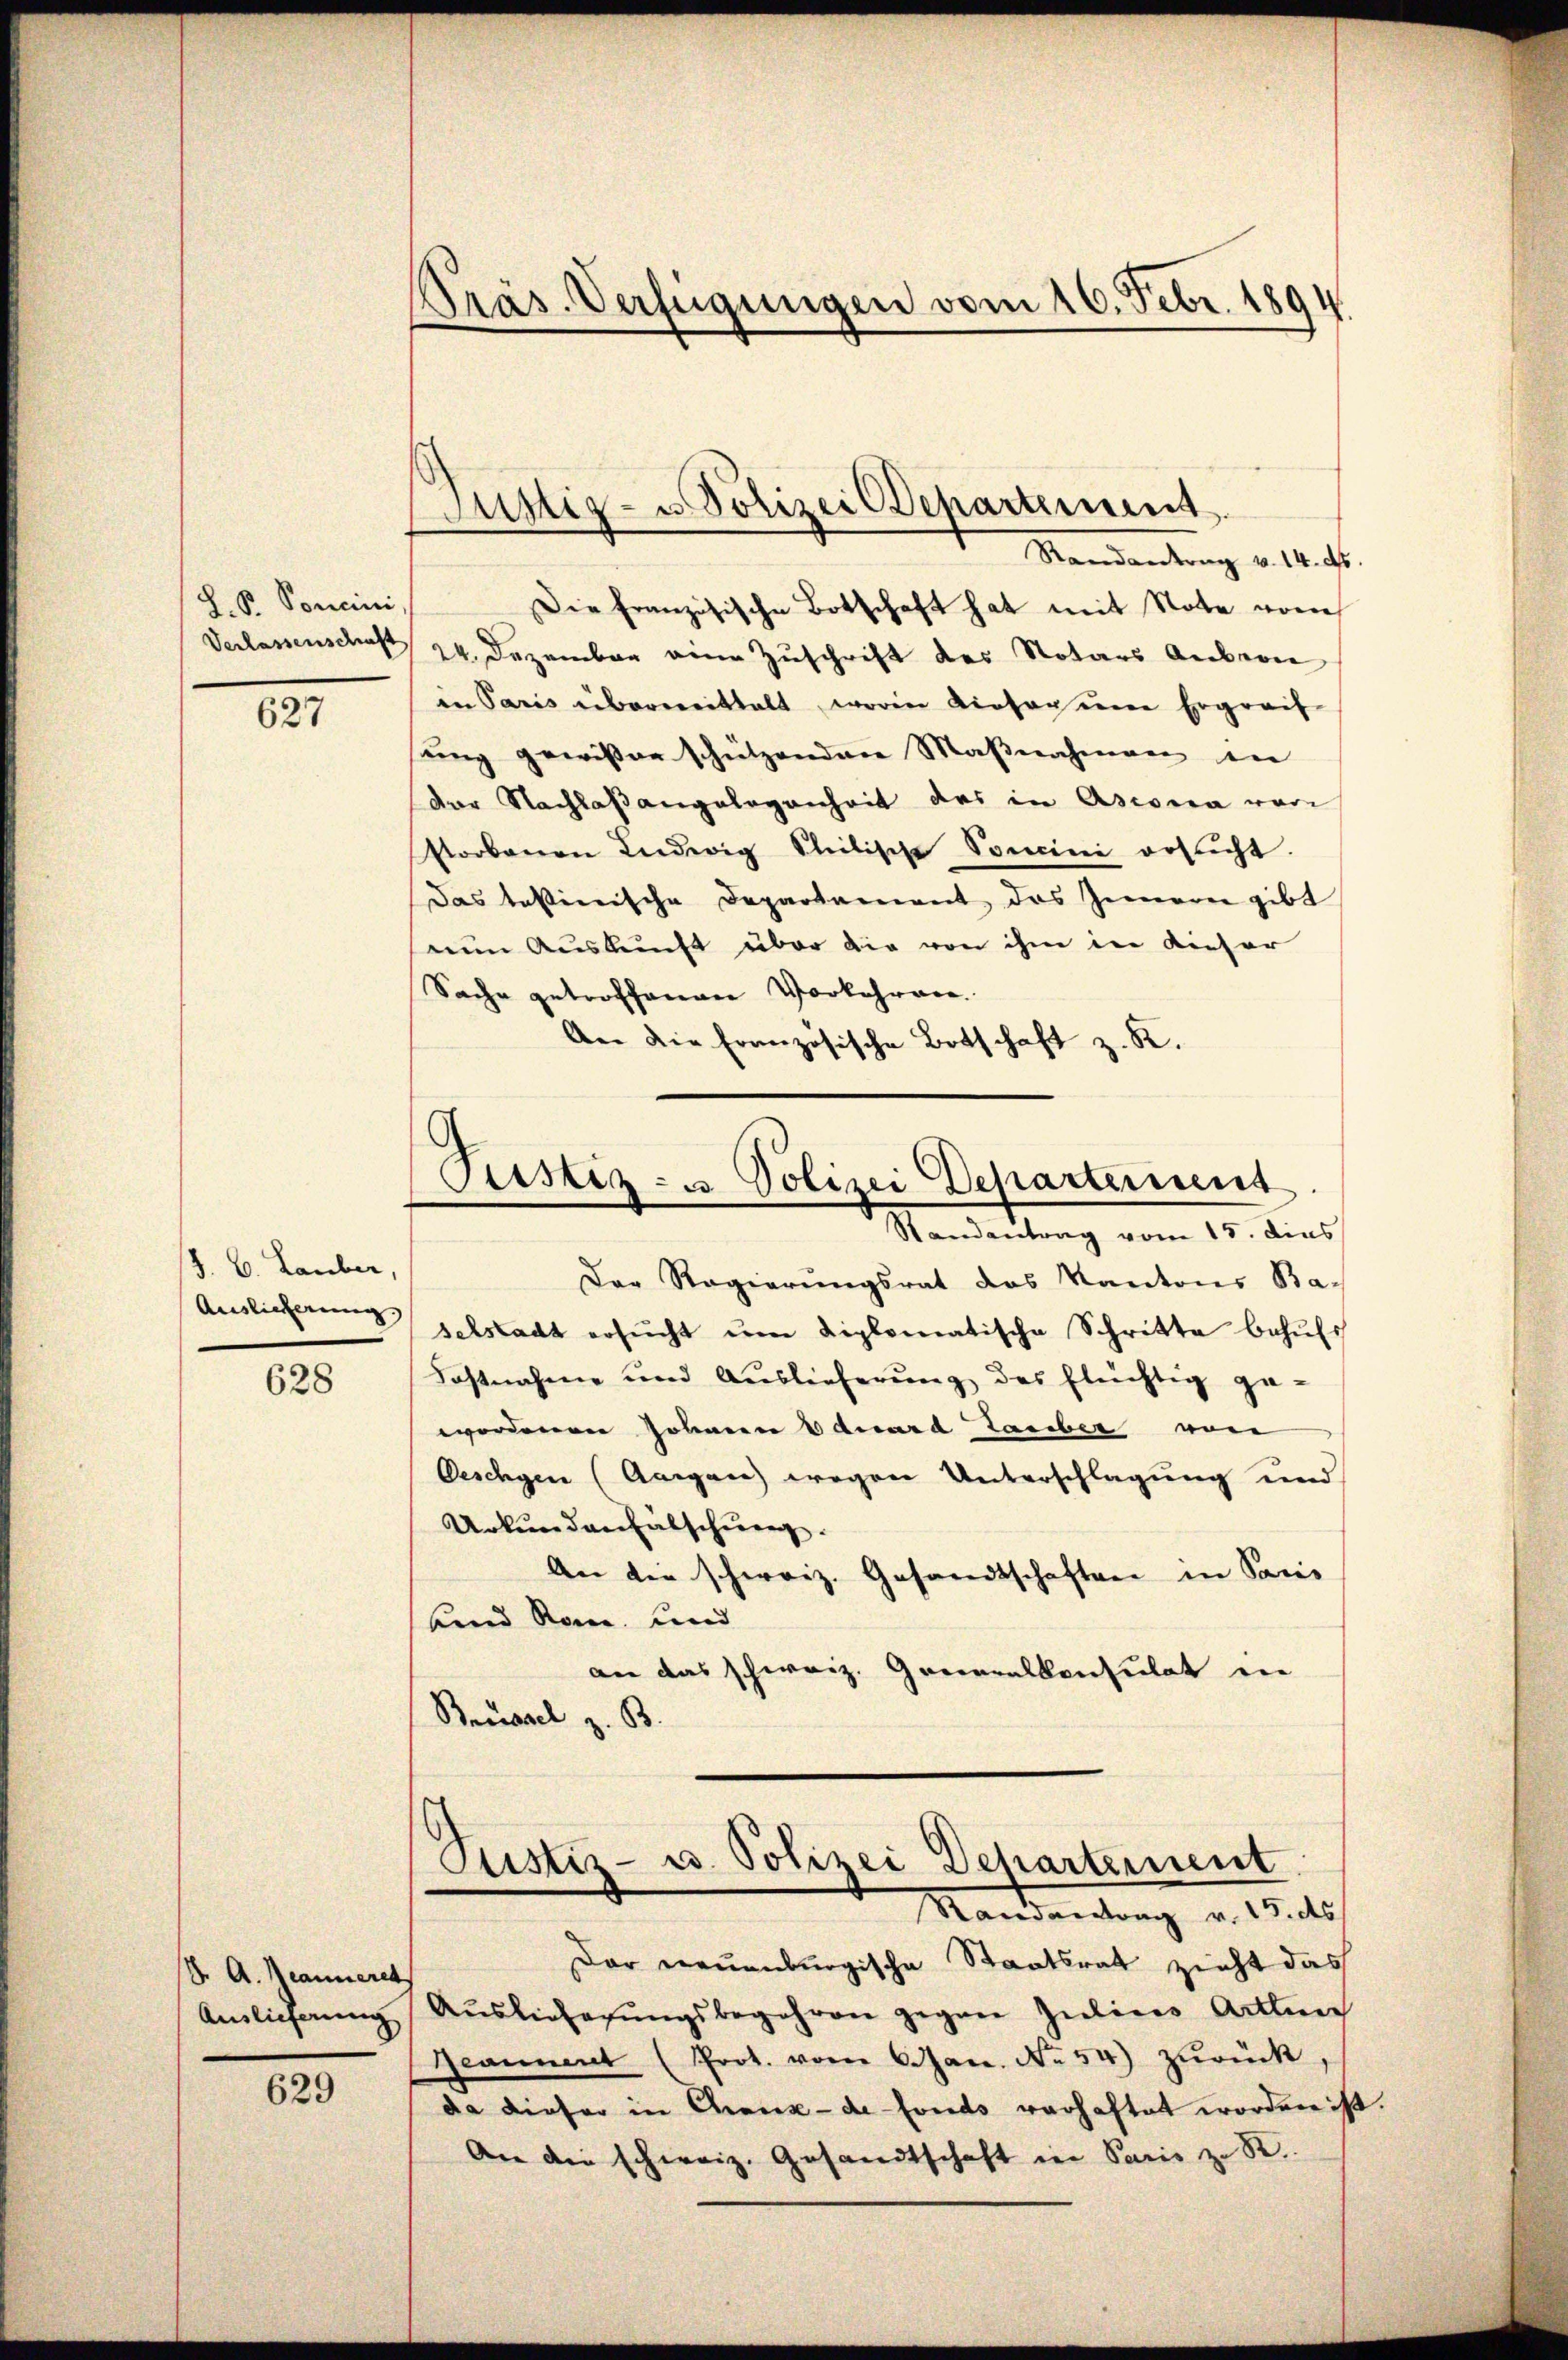
L. S. Soncini,
Verlassenschaft

627

J. C. Lauber,

628

S. A. Beanneret
Auslieferung

629

Präs. Verfügungen vom 16. Febr. 1894.

Justiz- u. Polizei Departement

Randantrag v. 14. d.
Die Französische Botschaft hat mit Note von
24. Dezember eine Zuschrift des Notars Anberie
in Paris übermittalt, worin dieser um Ergreif
sung gewisser schützenden Maßnahmen in
Der Nachlaßangelegenheit das in Ascona vori
storbenen Ludwig Stilische Soncini ersicht.
Das talinische Departement des Innern gibt
seine Auskunft über die von ihm in Kieser
Sache getroffenen Vorkehren.
An die französische Botschaft z. R.

Der Regierungsrat das Kantons Ba-
Auslicherung selstadt ersucht um diplomatische Schritte behufs
Fostnahme und Auslieferung des flüchtig ge-
wordenen Johanen Eduard Lauber von
Oeschen (Aargau wegen Unterschlagung und
Urkundenfälschung.
An die schweiz. Gesandtschaften in Paris
uend Rom und
an das schweiz. Generalkonsulat in
Brrissel z. B.

(Justiz- u Polizei Departement
Randantrag vom 15. dies

Justiz- u. Polizei Dehartement
Mandantrag v. 15. ds.

Der neuenburgische Staatsrat zieht das
Aŭslieferŭngsbegehren gegen Zeiliges Arten
Jeannent (Prot. vorer Jac. No 54) zŭrück
da dieser in Grenz-de-Fonds verhaftet worden ist.
An die schweiz. Gesandtschaft in Paris zu R.